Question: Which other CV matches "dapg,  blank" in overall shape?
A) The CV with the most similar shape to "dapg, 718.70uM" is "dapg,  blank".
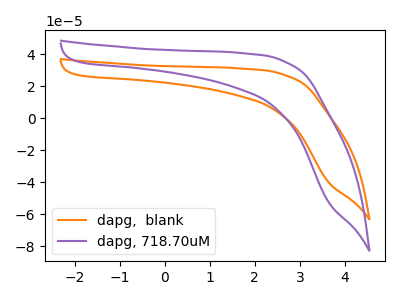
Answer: <think>The orange curve "dapg,  blank" has no peaks. The purple curve "dapg, 718.70uM" has no peaks.
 Neither "dapg,  blank" or "dapg, 718.70uM" have any peaks.</think>
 <answer>A) The CV with the most similar shape to "dapg, 718.70uM" is "dapg,  blank".</answer>
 <eval>A</eval>